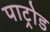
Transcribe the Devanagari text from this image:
पाट्रोड